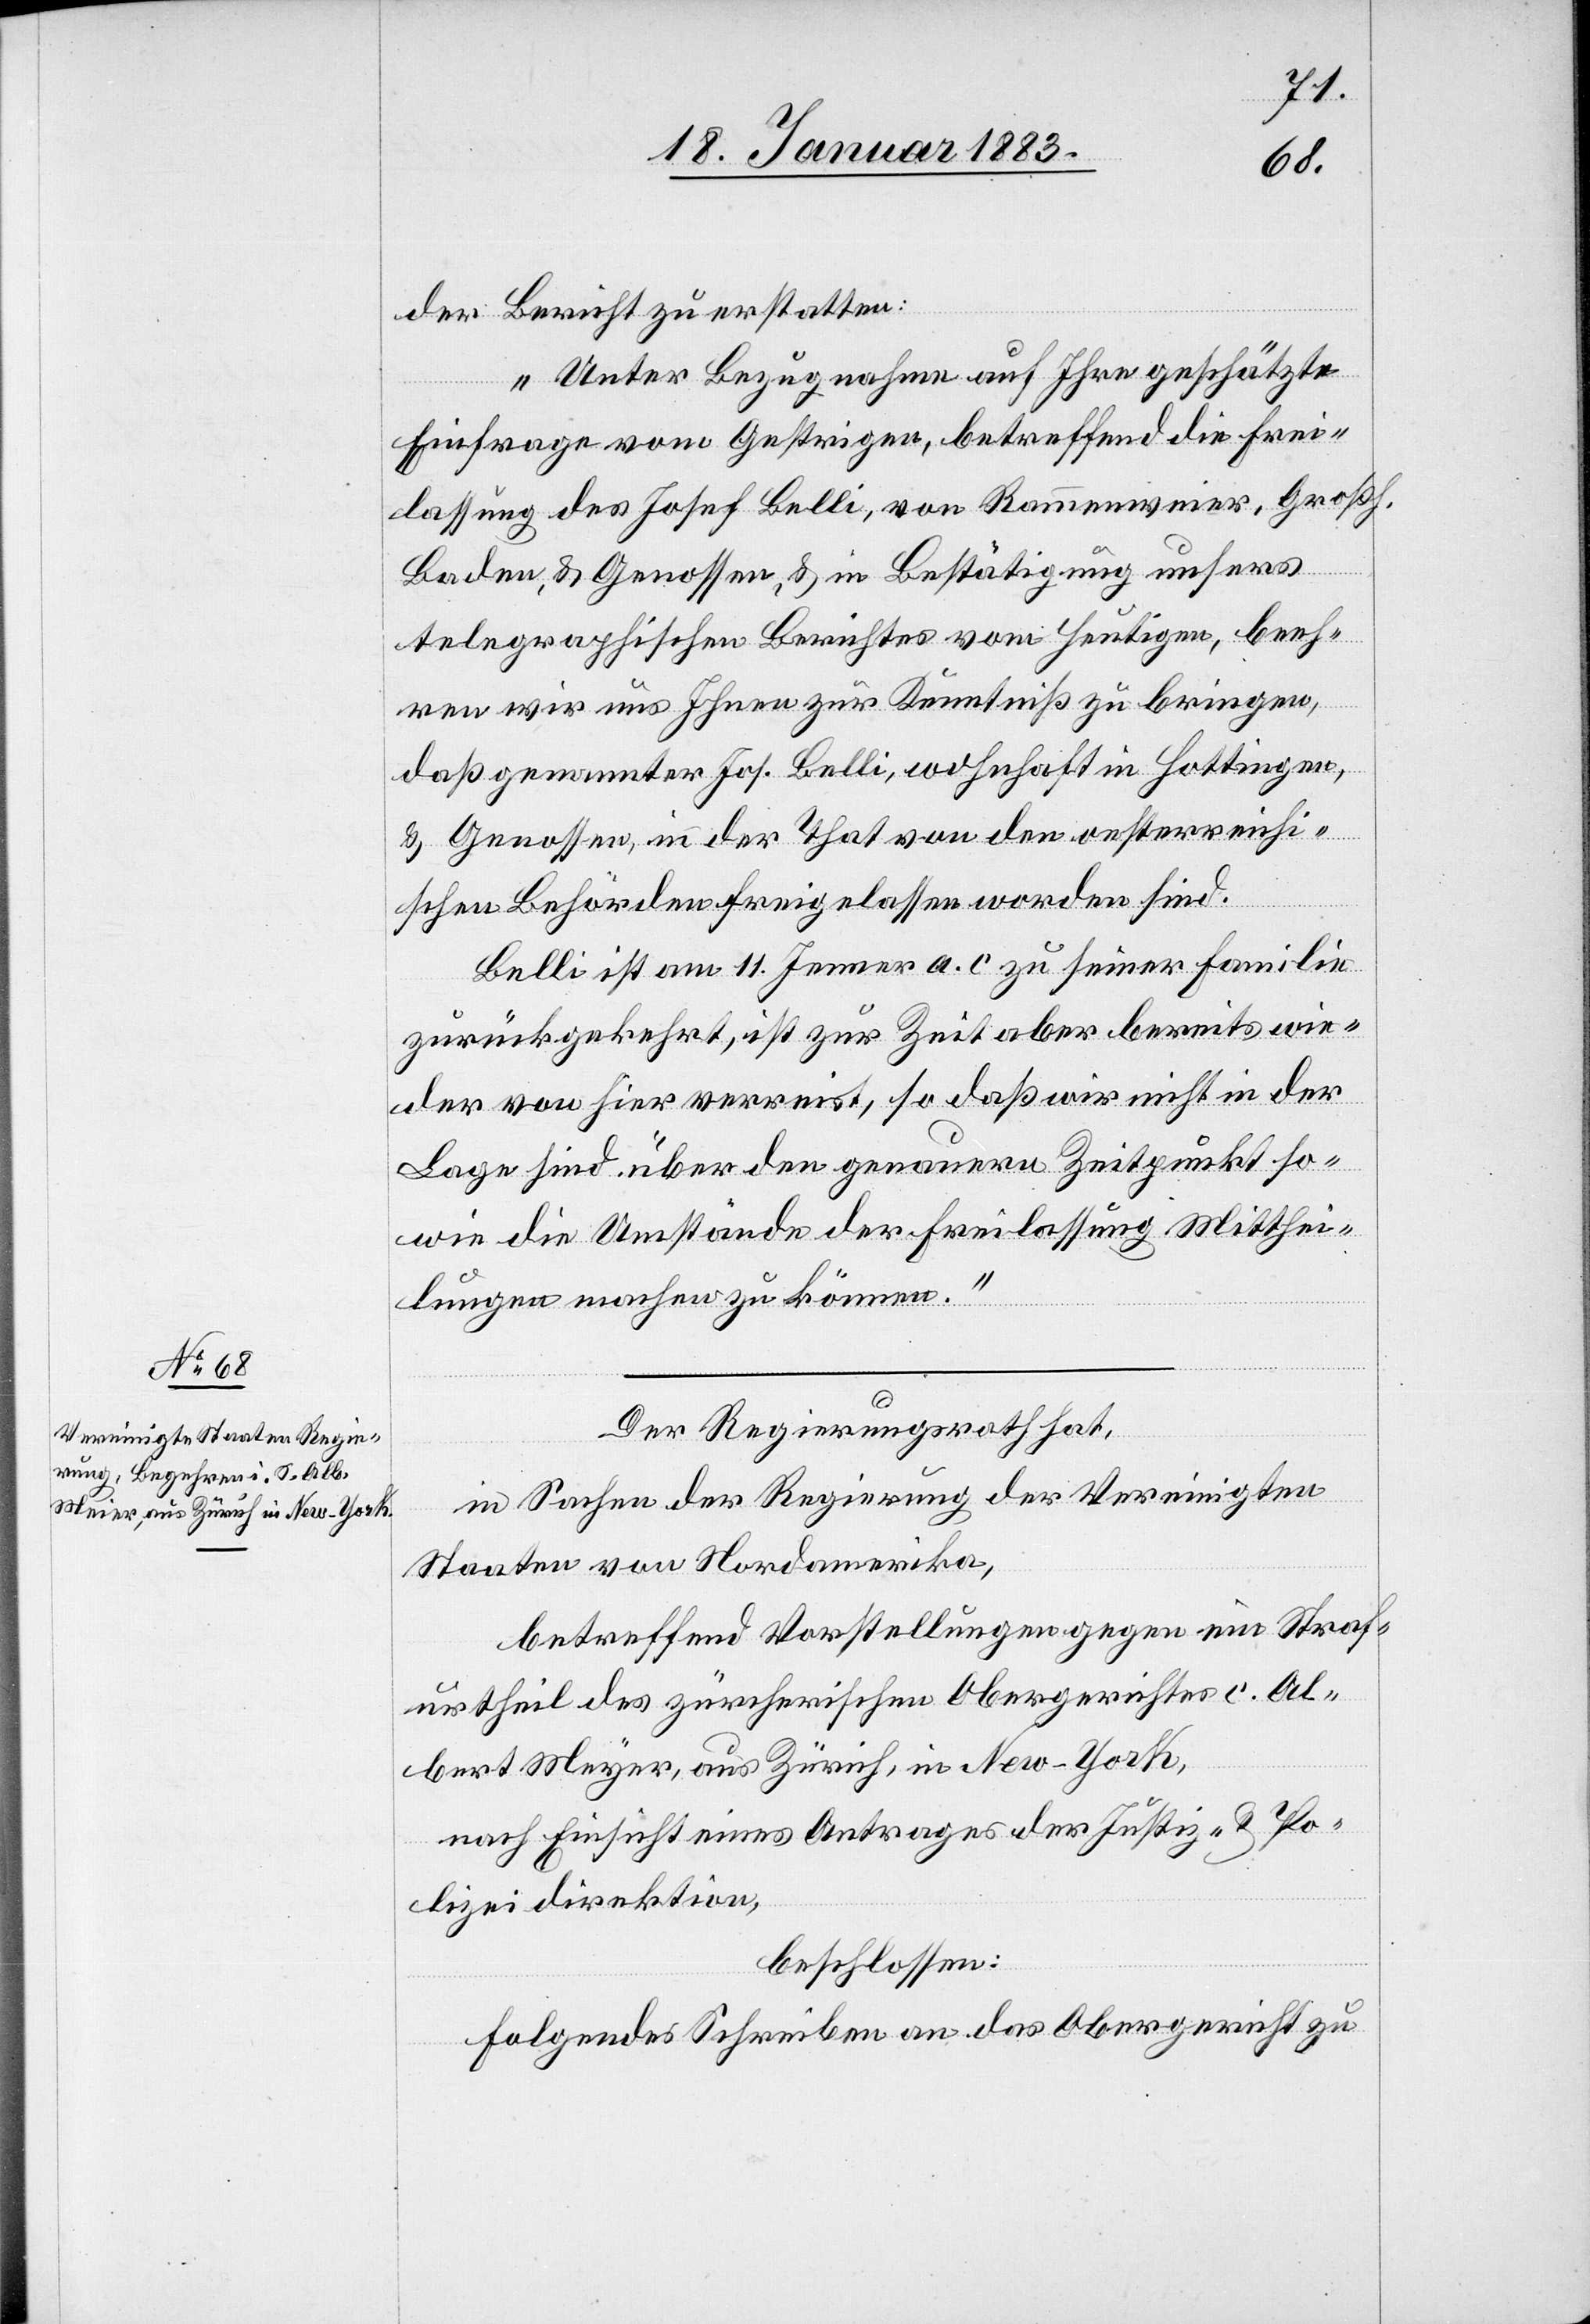
der Bericht zu erstatten:
„Unter Bezugnahme auf Ihre geschätzte
Einfrage vom Gestrigen, betreffend die Frei¬
lassung des Josef Belli, von Rammenweier, Großh.
Baden, & Genossen, & in Bestätigung unsers
telegraphischen Berichtes vom Heutigen, beeh¬
ren wir uns Ihnen zur Kenntniß zu bringen,
daß genannter Jos. Belli, wohnhaft in Hottingen,
& Genossen, in der That von den oesterreichi¬
schen Behörden freigelassen worden sind.
Belli ist am 11. Jenner a. c. zu seiner Familie
zurückgekehrt, ist zur Zeit aber bereits wie¬
der von hier verreist, so daß wir nicht in der
Lage sind, über den genauen Zeitpunkt so¬
wie die Umstände der Freilassung Mitthei¬
lung machen zu können.“
Der Regierungsrath hat,
in Sachen der Regierung der Vereinigten
Staaten von Nordamerika,
betreffend Vorstellungen gegen ein Straf¬
urtheil des zürcherischen Obergerichtes c. Al¬
bert Meyer [sic!], aus Zürich, in New-York,
nach Einsicht eines Antrages der Justiz- & Po¬
lizeidirektion,
beschlossen:
folgendes Schreiben an das Obergericht zu